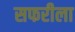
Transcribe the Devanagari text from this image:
सफरीला